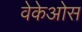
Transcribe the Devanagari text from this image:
वेकेओस